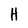
Character: H